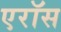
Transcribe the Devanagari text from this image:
एरॉस